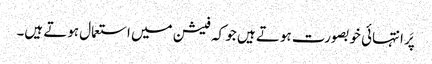
پَر انتہائی خوبصورت ہوتے ہیں جو کہ فیشن میں استعمال ہوتے ہیں۔